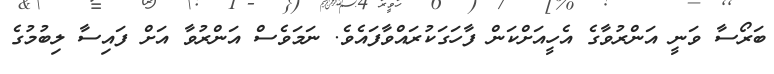
ބަރޯސާ ވަނީ އަންރުވާގެ އެހީއަށްކަން ފާހަގަކުރައްވާފައެވެ. ނަމަވެސް އަންރުވާ އަށް ފައިސާ ލިބުމުގެ